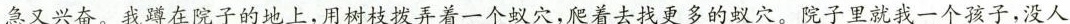
\underline{急又兴奋。}我蹲在院子的地上，用树枝拨弄着一个蚁穴，爬着去找更多的蚁穴。院子里就我一个孩子，没人